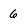
Character: 6